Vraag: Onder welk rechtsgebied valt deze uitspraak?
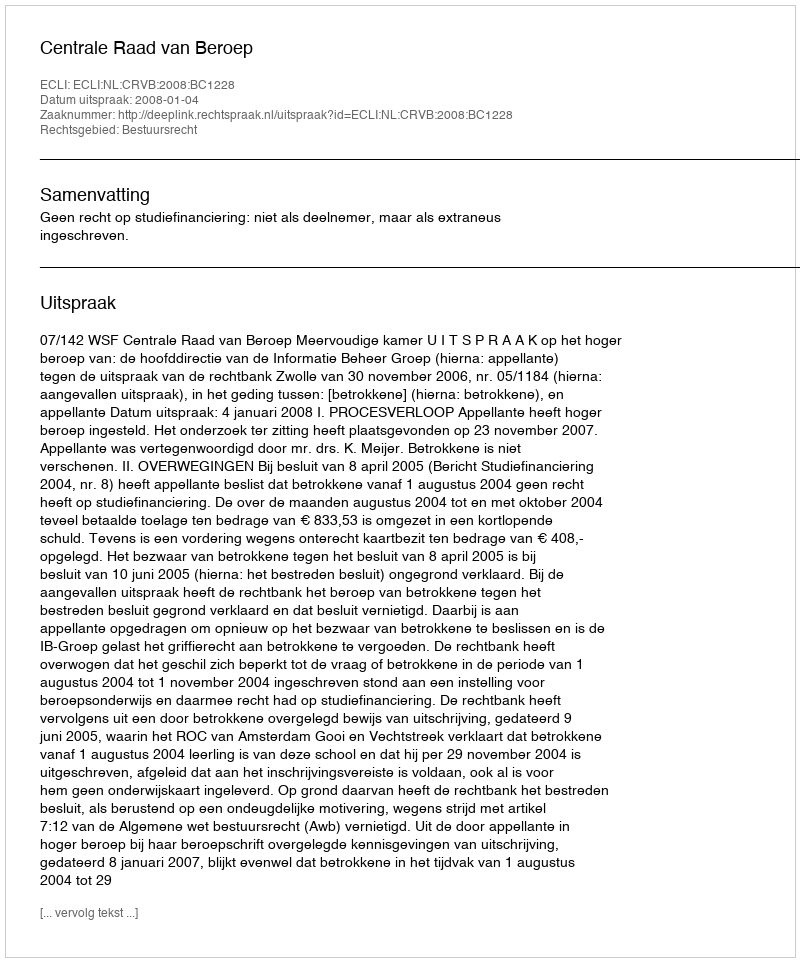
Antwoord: Bestuursrecht